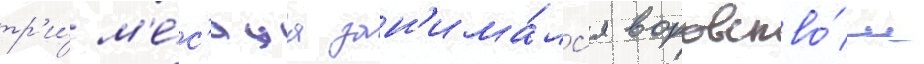
тр'и́ м'е́с'яца зан'има́лс'я воровство́м